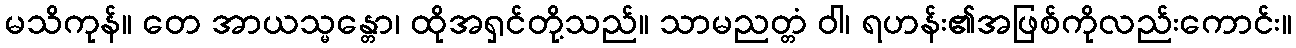
မသိကုန်။ တေ အာယသ္မန္တော၊ ထိုအရှင်တို့သည်။ သာမညတ္တံ ဝါ၊ ရဟန်း၏အဖြစ်ကိုလည်းကောင်း။